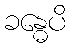
ခန္ဓေပိ